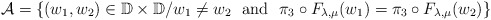
\begin{align*}{\mathcal A}=\{(w_1,w_2)\in\mathbb{D}\times \mathbb{D}\slash w_1\neq w_2\ \ \mbox{and}\ \ \pi_3\circ F_{\lambda,\mu}(w_1)=\pi_3\circ F_{\lambda,\mu}(w_2)\}\end{align*}